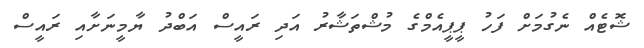
ޝޮޓެއް ނެގުމަށް ފަހު ޕީޕީއެމްގެ މުޝްތަޝާރު އަދި ރައީސް އަބްދު ޔާމީނަށާއި ރައީސް